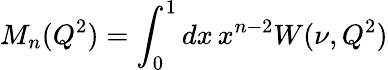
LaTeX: M_{n}(Q^{2})=\int_{0}^{1}dx\, x^{n-2}W(\nu,Q^{2})